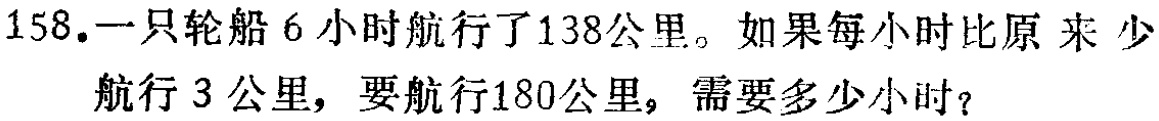
158.一只轮船6小时航行了138公里。如果每小时比原来少航行3公里，要航行180公里，需要多少小时？